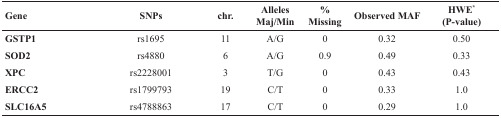
| Gene | SNPs | chr. | Alleles Maj/Min | % Missing | Observed MAF | HWE*(P-value) |
 | --- | --- | --- | --- | --- | --- | --- |
 | GSTP1 | rs1695 | 11 | A/G | 0 | 0.32 | 0.50 |
 | SOD2 | rs4880 | 6 | A/G | 0.9 | 0.49 | 0.33 |
 | XPC | rs2228001 | 3 | T/G | 0 | 0.43 | 0.43 |
 | ERCC2 | rs1799793 | 19 | C/T | 0 | 0.33 | 1.0 |
 | SLC16A5 | rs4788863 | 17 | C/T | 0 | 0.29 | 1.0 |